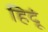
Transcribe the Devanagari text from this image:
हिदूं